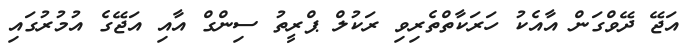
އަޖޭ ދޭވްގަން އާއެކު ހަރަކާތްތެރިވި ރަކުލް ޕްރީތު ސިންގް އާއި އަޖޭގެ އުމުރުގައި